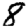
Digit: 8